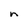
Character: n